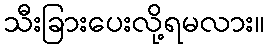
သီးခြားပေးလို့ရမလား။